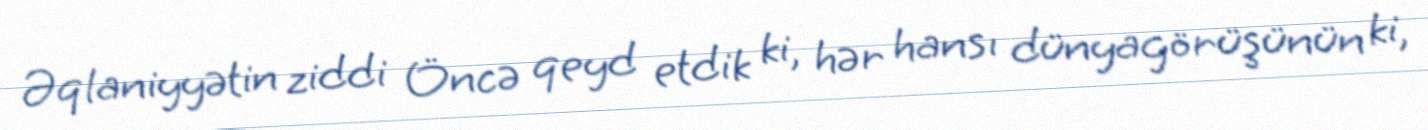
Əqlaniyyətin ziddi Öncə qeyd etdik ki, hər hansı dünyagörüşünün ki,